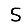
Digit: 5